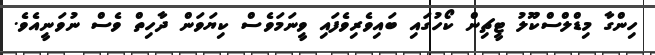
ހިންގާ މިޑްލްސްކޫލު ޓީޗިން ކޯހުގައި ބައިވެރިވެފައި ވީނަމަވެސް ކިޔަވަން ދާހިތް ވެސް ނުވަނީއެވެ.